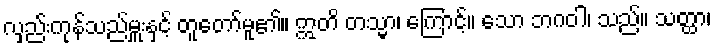
လှည်းကုန်သည်မှူးနှင့် တူတော်မူ၏။ ဣတိ တသ္မာ၊ ကြောင့်။ သော ဘဂဝါ၊ သည်။ သတ္ထာ၊